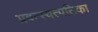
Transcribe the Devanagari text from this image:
प्रवत्स्यत्पतिका